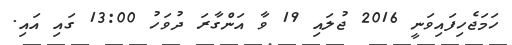
ހަމަޖެހިފައިވަނީ 2016 ޖުލައި 19 ވާ އަންގާރަ ދުވަހު 13:00 ގައި އައި.